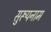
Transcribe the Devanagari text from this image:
सुरूपनाम